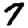
Digit: 7